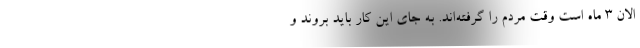
الان ۳ ماه است وقت مردم را گرفته‌اند. به جای این کار باید بروند و